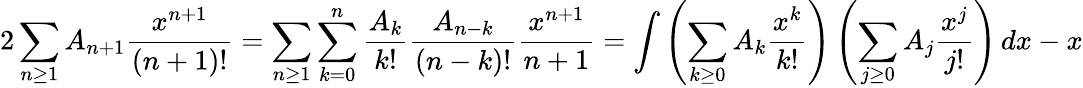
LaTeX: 2\sum_{n\geq 1}A_{n+1}{\frac{x^{n+1}}{(n+1)!}}=\sum_{n\geq 1}\sum_{k=0}^{n}{\frac{A_{k}}{k!}}{\frac{A_{n-k}}{(n-k)!}}{\frac{x^{n+1}}{n+1}}=\int\left(\sum_{k\geq 0}A_{k}{\frac{x^{k}}{k!}}\right)\left(\sum_{j\geq 0}A_{j}{\frac{x^{j}}{j!}}\right)\, dx-x